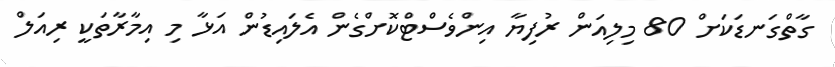
ގާތްގަނޑަކަށް 80 މިލިއަން ރުފިޔާ އިންވެސްޓްކޮށްގެން އެލައިޑުން އަޅާ މި އިމާރާތަކީ ރިއަލް